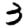
Digit: 3